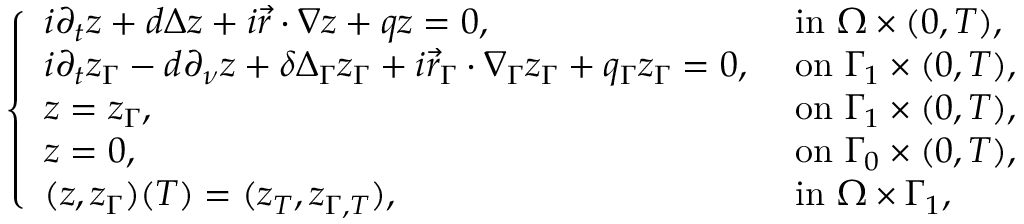
\begin{array} { r } { \left\{ \begin{array} { l l } { i \partial _ { t } z + d \Delta z + i \vec { r } \cdot \nabla z + q z = 0 , } & { \mathrm { ~ i n ~ } \Omega \times ( 0 , T ) , } \\ { i \partial _ { t } z _ { \Gamma } - d \partial _ { \nu } z + \delta \Delta _ { \Gamma } z _ { \Gamma } + i \vec { r } _ { \Gamma } \cdot \nabla _ { \Gamma } z _ { \Gamma } + q _ { \Gamma } z _ { \Gamma } = 0 , } & { \mathrm { ~ o n ~ } \Gamma _ { 1 } \times ( 0 , T ) , } \\ { z = z _ { \Gamma } , } & { \mathrm { ~ o n ~ } \Gamma _ { 1 } \times ( 0 , T ) , } \\ { z = 0 , } & { \mathrm { ~ o n ~ } \Gamma _ { 0 } \times ( 0 , T ) , } \\ { ( z , z _ { \Gamma } ) ( T ) = ( z _ { T } , z _ { \Gamma , T } ) , } & { \mathrm { ~ i n ~ } \Omega \times \Gamma _ { 1 } , } \end{array} \right. } \end{array}